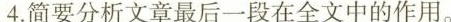
4.简要分析文章最后一段在全文中的作用。